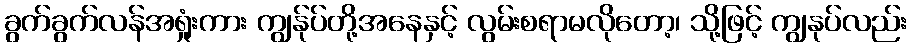
ခွက်ခွက်လန်အရှုံးကား ကျွန်ုပ်တို့အနေနှင့် လွမ်းစရာမလိုတော့၊ သို့ဖြင့် ကျွနုပ်လည်း